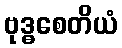
ဗုဒ္ဓစေတိယံ